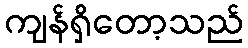
ကျန်ရှိတော့သည်